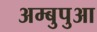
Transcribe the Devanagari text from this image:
अम्बुपुआ